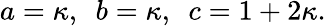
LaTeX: a=\kappa,~~b=\kappa,~~c=1+2\kappa.